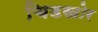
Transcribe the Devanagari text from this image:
चिडखोर